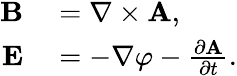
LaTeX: \begin{array}{rl}{\mathbf{B}}&{{}=\nabla\times\mathbf{A},}\\ {\mathbf{E}}&{{}=-\nabla\varphi-{\frac{\partial\mathbf{A}}{\partial t}}.}\end{array}